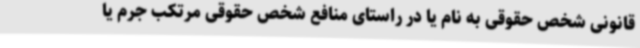
قانونی شخص حقوقی به نام یا در راستای منافع شخص حقوقی مرتکب جرم یا